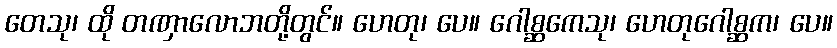
တေသု၊ ထို တဏှာလောဘတို့တွင်။ ဟေတု၊ ပေ။ ဂေါစ္ဆကေသု၊ ဟေတုဂေါစ္ဆက၊ ပေ။